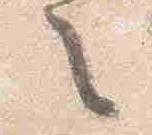
之